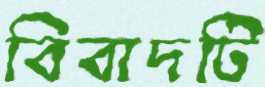
বিবাদটি